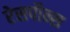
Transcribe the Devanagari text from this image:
रेसपौन्स